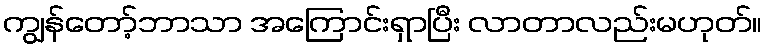
ကျွန်တော့်ဘာသာ အကြောင်းရှာပြီး လာတာလည်းမဟုတ်။